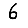
Digit: 6